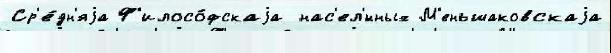
Ср'е́дн'яjа Ф'илосо́фскаjа нас'ел'́нных М'еньшаковскаjа